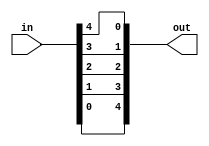
module q7_15 (
    input [4:0] in,
    output [4:0] out
);
    
    assign out = {in[0], in[1], in[2], in[3], in[4]};

endmodule

module q7_15_tb (output [4:0] out);
    
    reg [4:0] in = 4'b0;
    q7_15 q715(in, out);

    initial begin
        repeat(32) begin
            #100
            $display("in: ", in, " out: ", out);
            in = in + 1;
        end
    end

endmodule